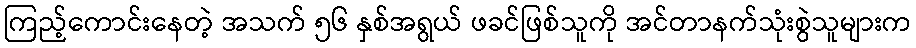
ကြည့်ကောင်းနေတဲ့ အသက် ၅၆ နှစ်အရွယ် ဖခင်ဖြစ်သူကို အင်တာနက်သုံးစွဲသူများက